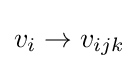
v_{i}\rightarrow v_{ijk}